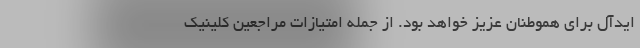
ایدآل برای هموطنان عزیز خواهد بود. از جمله امتیازات مراجعین کلینیک